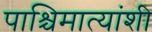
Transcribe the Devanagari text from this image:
पाश्चिमात्यांशी